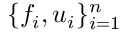
\{ f _ { i } , u _ { i } \} _ { i = 1 } ^ { n }